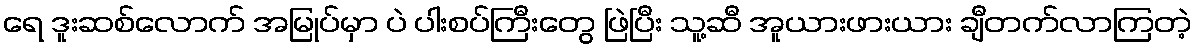
ရေ ဒူးဆစ်လောက် အမြုပ်မှာ ပဲ ပါးစပ်ကြီးတွေ ဖြဲပြီး သူ့ဆီ အူယားဖားယား ချီတက်လာကြတဲ့